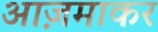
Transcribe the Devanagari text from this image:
आज़माकर